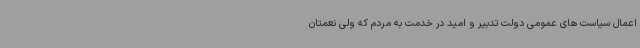
اعمال سیاست های عمومی دولت تدبیر و امید در خدمت به مردم که ولی نعمتان